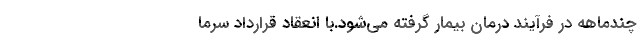
چندماهه در فرآیند درمان بیمار گرفته می‌شود.با انعقاد قرارداد سرما